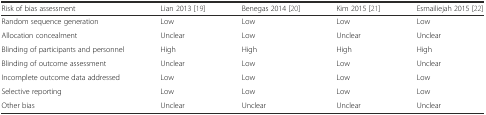
<table><thead><tr><td><b>Risk of bias assessment</b></td><td><b>Lian 2013 [19]</b></td><td><b>Benegas 2014 [20]</b></td><td><b>Kim 2015 [21]</b></td><td><b>Esmailiejah 2015 [22]</b></td></tr></thead><tbody><tr><td>Random sequence generation</td><td>Low</td><td>Low</td><td>Low</td><td>Low</td></tr><tr><td>Allocation concealment</td><td>Unclear</td><td>Low</td><td>Unclear</td><td>Unclear</td></tr><tr><td>Blinding of participants and personnel</td><td>High</td><td>High</td><td>High</td><td>High</td></tr><tr><td>Blinding of outcome assessment</td><td>Unclear</td><td>Low</td><td>Low</td><td>Unclear</td></tr><tr><td>Incomplete outcome data addressed</td><td>Low</td><td>Low</td><td>Low</td><td>Low</td></tr><tr><td>Selective reporting</td><td>Low</td><td>Low</td><td>Low</td><td>Low</td></tr><tr><td>Other bias</td><td>Unclear</td><td>Unclear</td><td>Unclear</td><td>Unclear</td></tr></tbody></table>